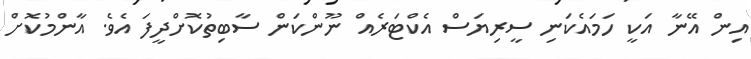
އިން އޭނާ އަކީ ހަމައެކަނި ސީރިޔަސް އެކްޓަރެއް ނޫންކަން ސާބިތުކޮށްދީފަ އެވެ. އާންމުކޮށް